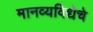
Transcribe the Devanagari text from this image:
मानव्यविद्येचे